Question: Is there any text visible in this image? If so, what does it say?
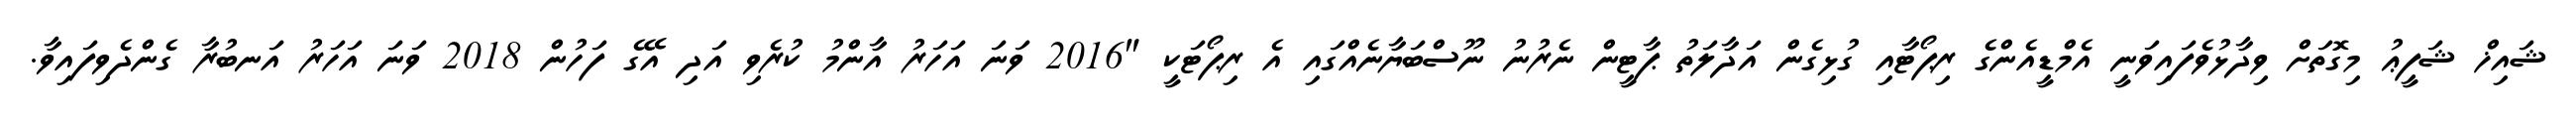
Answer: ޝައިޚް ޝަފީޢު މިގޮތަށް ވިދާޅުވެފައިވަނީ އެމްޑީއެންގެ ރިޕޯޓާއި ގުޅިގެން އަދާލަތު ޕާޓީން ނެރުނު ނޫސްބަޔާނެއްގައި އެ ރިޕޯޓަކީ "2016 ވަނަ އަހަރު އާންމު ކުރެވި އަދި އޭގެ ފަހުން 2018 ވަނަ އަހަރު އަނބުރާ ގެންދެވިފައިވާ.